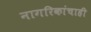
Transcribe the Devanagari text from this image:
नागरिकांचाही